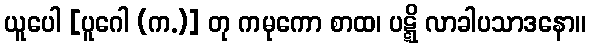
ယူပေါ [ပူဂေါ (က.)] တု ကမုကော စာထ၊ ပဋ္ဋိ လာခါပသာဒနော။